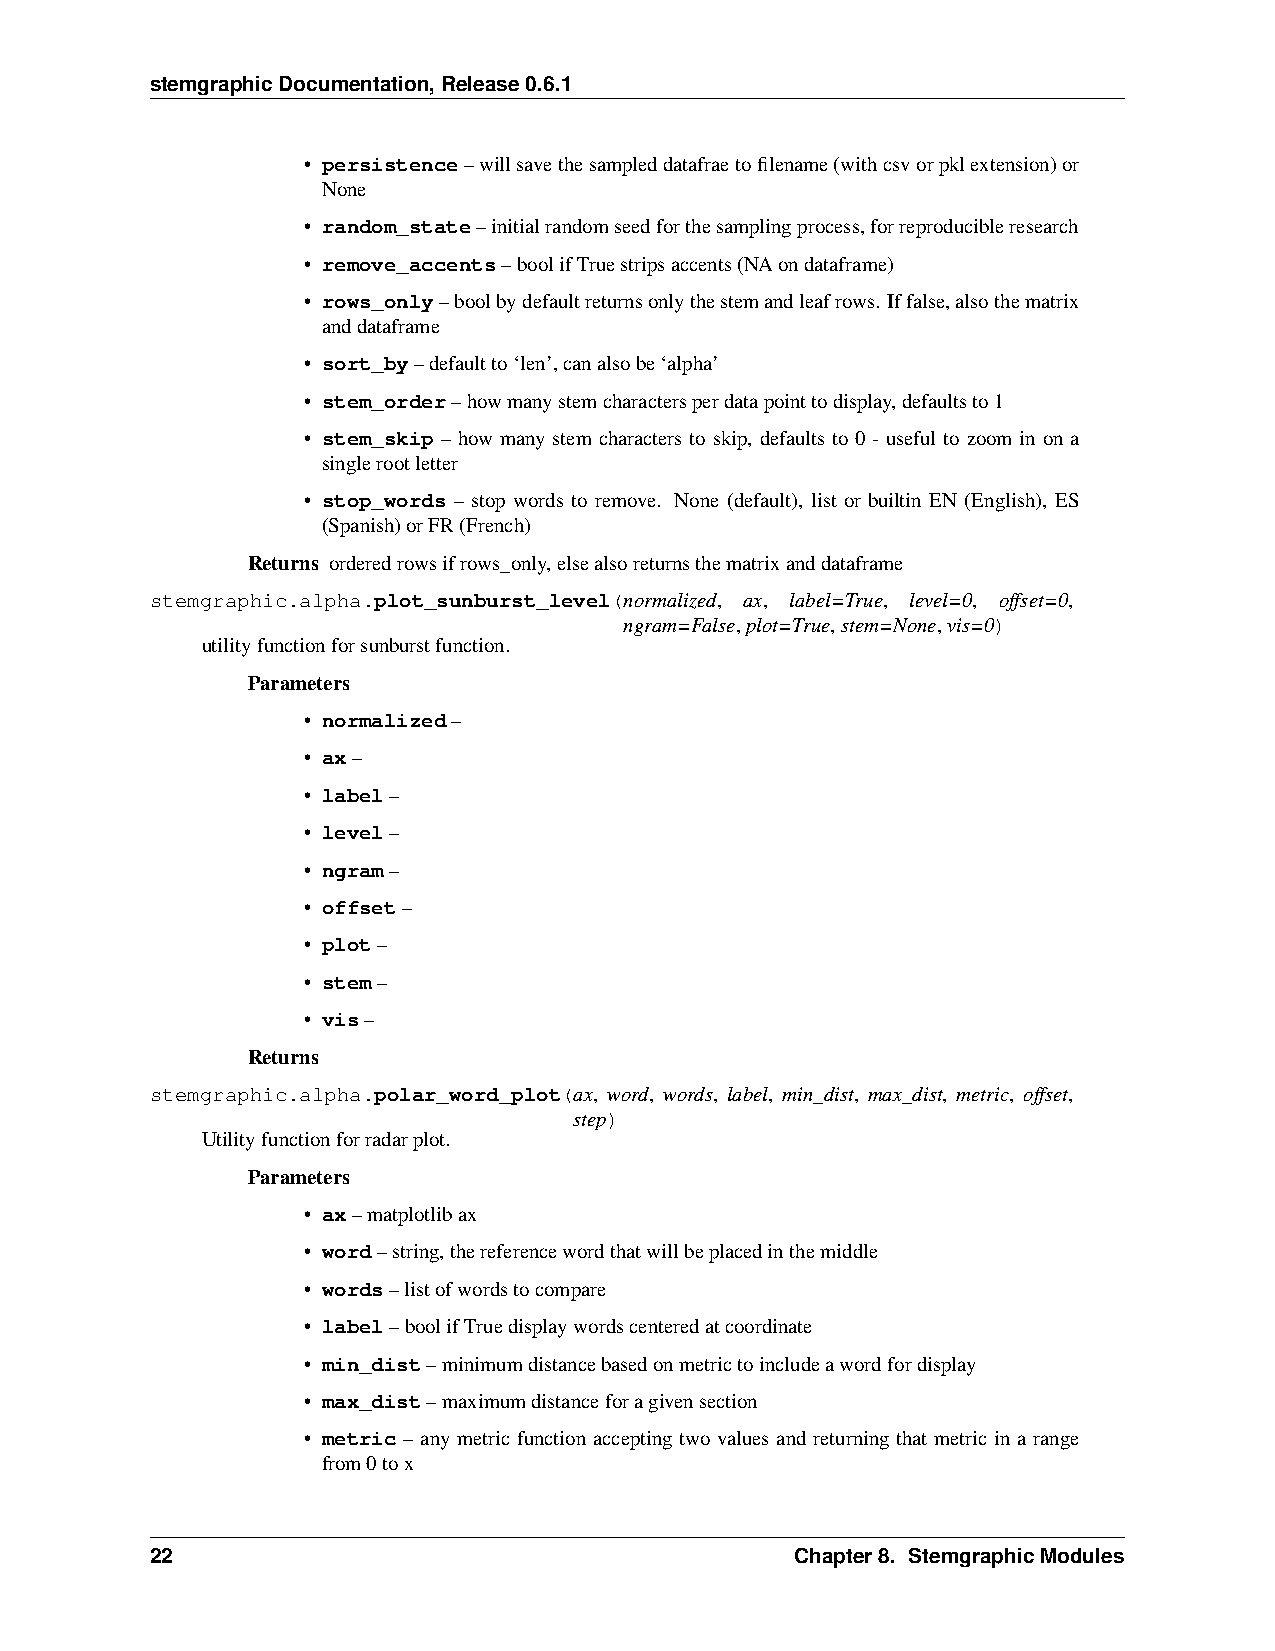
stemgraphicDocumentation,Release0.6.1
 • persistence–willsavethesampleddatafraetofilename(withcsvorpklextension)or
 None
 • random_state–initialrandomseedforthesamplingprocess,forreproducibleresearch
 • remove_accents–boolifTruestripsaccents(NAondataframe)
 • rows_only–boolbydefaultreturnsonlythestemandleafrows. Iffalse,alsothematrix
 anddataframe
 • sort_by–defaultto‘len’,canalsobe‘alpha’
 • stem_order–howmanystemcharactersperdatapointtodisplay,defaultsto1
 • stem_skip – how many stem characters to skip, defaults to 0 - useful to zoom in on a
 singlerootletter
 • stop_words – stop words to remove. None (default), list or builtin EN (English), ES
 (Spanish)orFR(French)
 Returns orderedrowsifrows_only,elsealsoreturnsthematrixanddataframe
 stemgraphic.alpha.plot_sunburst_level(normalized, ax, label=True, level=0, offset=0,
 ngram=False,plot=True,stem=None,vis=0)
 utilityfunctionforsunburstfunction.
 Parameters
 • normalized–
 • ax–
 • label–
 • level–
 • ngram–
 • offset–
 • plot–
 • stem–
 • vis–
 Returns
 stemgraphic.alpha.polar_word_plot(ax, word, words, label, min_dist, max_dist, metric, offset,
 step)
 Utilityfunctionforradarplot.
 Parameters
 • ax–matplotlibax
 • word–string,thereferencewordthatwillbeplacedinthemiddle
 • words–listofwordstocompare
 • label–boolifTruedisplaywordscenteredatcoordinate
 • min_dist–minimumdistancebasedonmetrictoincludeawordfordisplay
 • max_dist–maximumdistanceforagivensection
 • metric – any metric function accepting two values and returning that metric in a range
 from0tox
 22                                         Chapter8. StemgraphicModules